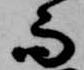
而